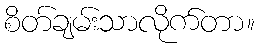
စိတ်ချမ်းသာလိုက်တာ။